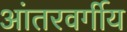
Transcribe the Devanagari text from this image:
आंतरवर्गीय